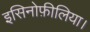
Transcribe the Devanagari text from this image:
इसिनोफ़ीलिया।